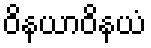
ဝိနယာဝိနယံ